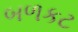
બળકટ